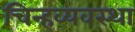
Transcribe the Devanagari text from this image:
चिन्हव्यवस्था